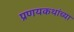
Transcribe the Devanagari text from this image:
प्रणयकथांच्या